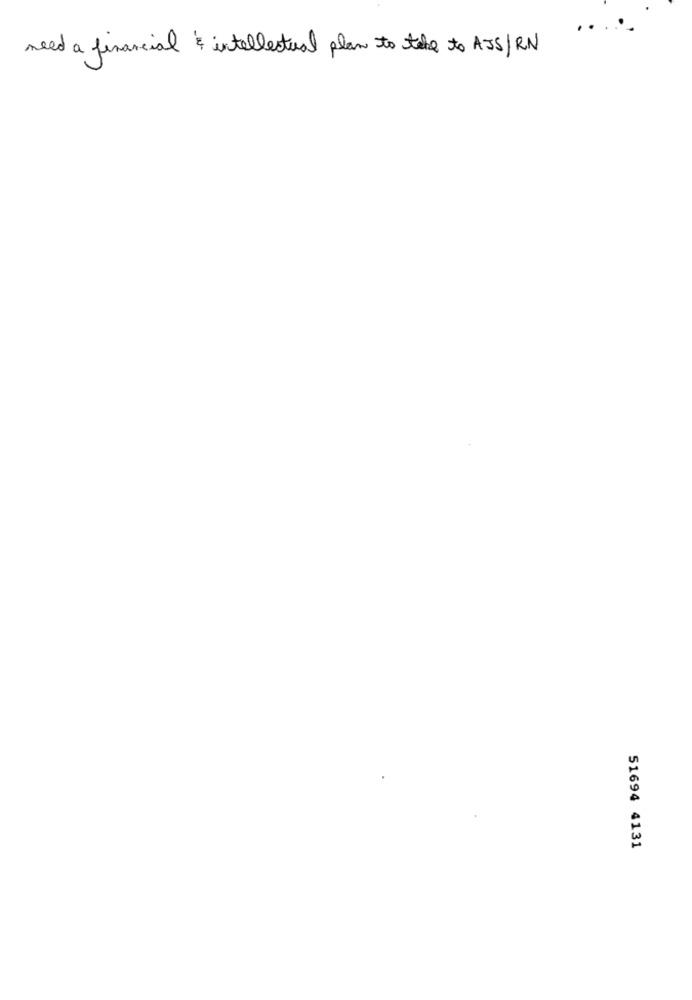
need a financial & intellectual plan to take to AJS / RN
51694 4131